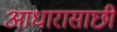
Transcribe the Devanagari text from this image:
आधारासाछी